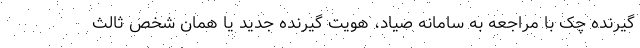
گیرنده چک با مراجعه به سامانه صیاد، هویت گیرنده جدید یا همان شخص ثالث